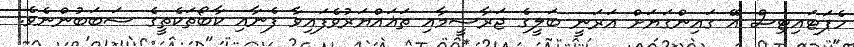
ހެޕަޓައިޓިސް އޭ ގައިންގަޔަށް އަރަނީ ބަލީގެ ޖަރާސީމާއި ތަޣައްޔަރުވެފައިވާ ފެނާއި ކާބޯތަކެތީގެ ސަބަބުންނެވެ.